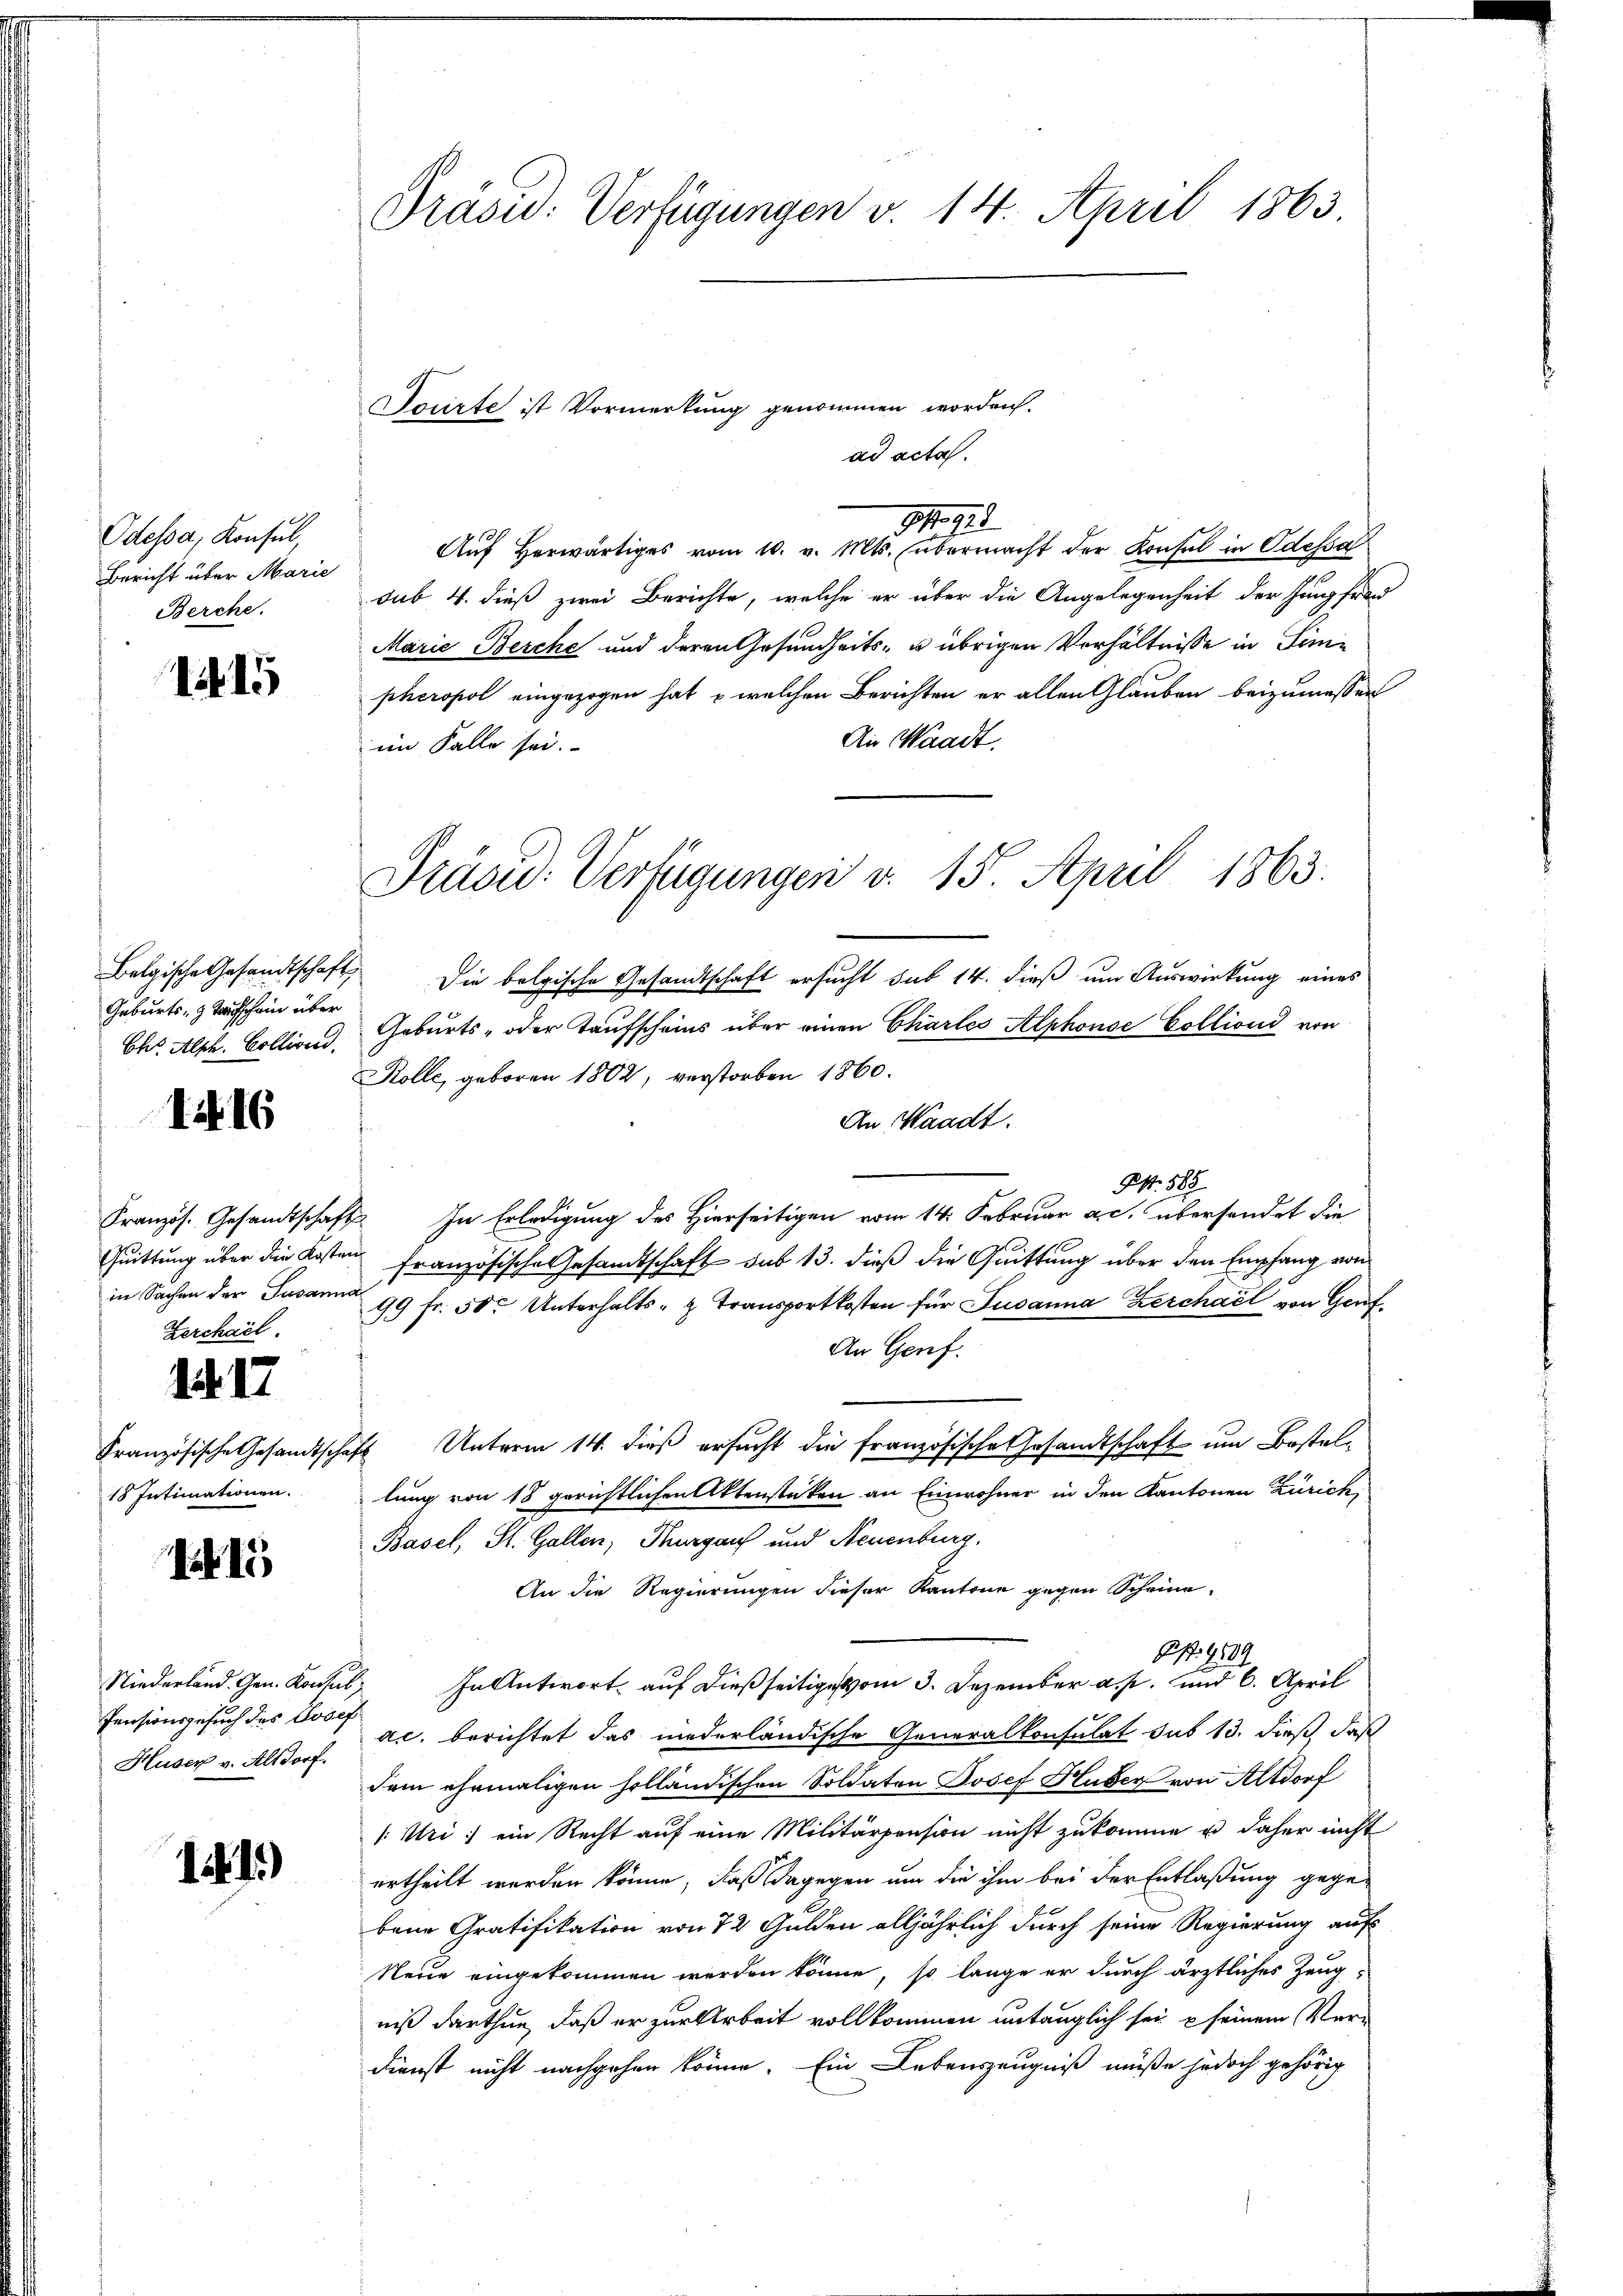
Odessa, Konsul,
Bericht über Marie
Berche.

1

Geburts- & Taufschein über
Chr. Alph. Collirend

1. d. 16

Zerchael.

1. 17

18 Intimationen.

15

Niederland. Gen. Konsul
Pensionsgesuch des Josef
Huser v. Altdorf.

141)

Präsu: Verfügungen v. 14. April 1863.

ad acta.
1. 728.
Auf herwärtiges vom 10. v. Mts. übermacht der Konsul in Odessa
sub 4. dieß zwei Berichte, welche er über die Angelegenheit der Jungfra
Marie Berche und deren Gesundheits- u. übrigen Verhältnisse in Sinn
pheropol eingezogen hat, – welchen Berichten er allen Glauben beizumessen
An Waadt.
im Falle sei.
Belgische Gesandtschaft die bolgische Gesandtschaft ersucht sub 14. dieß um Auswirkung eines
Geburts- oder Taufscheins über einen Chartes Alphonse Colliond von
Kolle, geboren 1802, verstorben 1860.
An Waadt.
S. 585
Kranzös. Gesandtschaft. In Erledigung des Hierseitigen vom 14. Februar a.c. übersendet die
Quittung über die Kosten französische Gesandtschaft sub 13. dieß die Quittung über den Empfang von
in Sachen der Jusanna 99 fr. 50. Unterhalts- & Transportkosten für Susanna Kerchael von Genf,
An Genf.
Französische Gesandtschaft Unterm 14. dieß ersucht die französische Gesandtschaft um Bestellung von 18 gerichtlichen Aktenstüken an Einwohner in den Kantonen Zürich,
Basel, St. Gallen, Thurgauf und Neuenburg.
An die Regierungen dieser Kantone gegen Scheine
91. 9189
In Antwort, auf dießseitige vom 3. Dezember a. p. und 6. April
ac. berichtet das niederländische Generalkonsulat sub 13. dieß, daß
dem ehemaligen holländischen Soldaten Josef Huber von Altdorf
/: Uri, ein Recht auf eine Militärpension nicht zukomme u. daher nicht
urtheilt worden könne, daß dagegen um die ihm bei der Entlaßung gege-
bene Gratifikation von 72 Gulden alljährlich durch seine Regierung auf
Neue eingekommen werden könne, so lange er durch ärztliches Zeugniß darthun, daß er zur Arbeit vollkommen untauglich sei & seinem Ver¬
Dienst nicht nachgehen könne. Ein Lebenszeugniß müße jedoch gehörig

Socirte ist Vormerkung genommen worden.

Präsid. Verfügungen v. 15. April 1863.